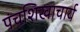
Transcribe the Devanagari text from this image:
पंचशिखाचार्य